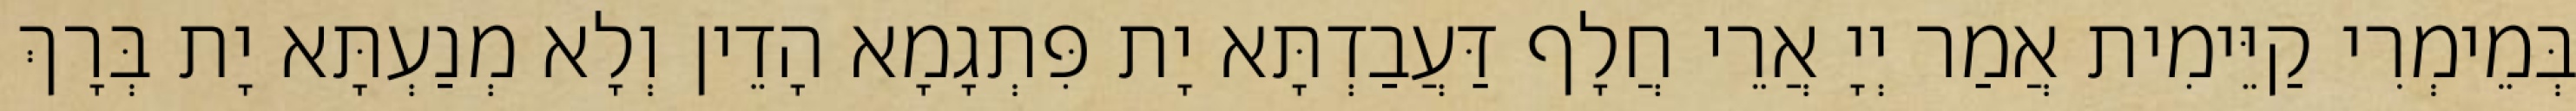
בְּמֵימְרִי קַיֵּימִית אֲמַר יְיָ אֲרֵי חֲלָף דַּעֲבַדְתָּא יָת פִּתְגָמָא הָדֵין וְלָא מְנַעְתָּא יָת בְּרָךְ